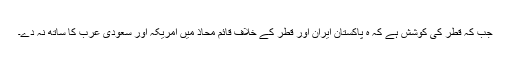
جب کہ قطر کی کوشش ہے کہ ہ پاکستان ایران اور قطر کے خلاف قائم محاذ میں امریکہ اور سعودی عرب کا ساتھ نہ دے۔